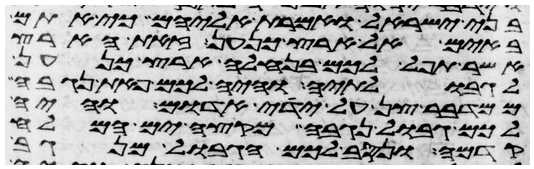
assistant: בני ישראל ואמרת אליהם כי אתם
באים אל ארץ כנען זאת הארץ
אשר תפל לכם בנחלה ארץ כנען
לגבולתיה והיה לכם פאת נגבה
ממדבר צן על ידי אדום והיה
לכם גבול נגבה מקצה ים המלח
קדמה ונסב לכם הגבול מנגב